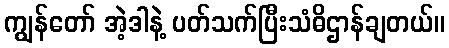
ကျွန်တော် အဲ့ဒါနဲ့ ပတ်သက်ပြီးသံဓိဌာန်ချတယ်။